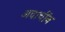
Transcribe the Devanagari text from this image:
अवार्चीन